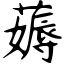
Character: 薅